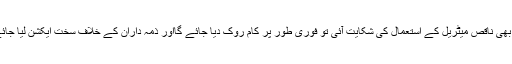
کہیں بھی ناقص میٹریل کے استعمال کی شکایت آئی تو فوری طور پر کام روک دیا جائے گااور ذمہ داران کے خلاف سخت ایکشن لیا جائے گا۔